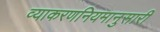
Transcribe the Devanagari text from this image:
व्याकरणनियमानुसारी